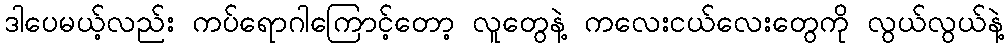
ဒါပေမယ့်လည်း ကပ်ရောဂါကြောင့်တော့ လူတွေနဲ့ ကလေးငယ်လေးတွေကို လွယ်လွယ်နဲ့